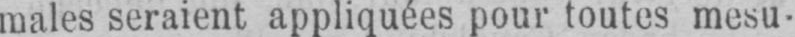
males seraient appliquées pour toutes mesu-